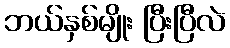
ဘယ်နှစ်မျိုး ပြီးပြီလဲ